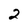
Character: 2